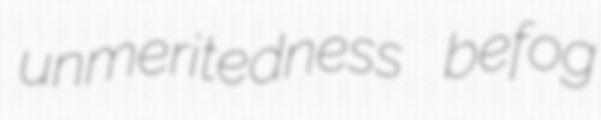
unmeritedness befog